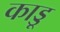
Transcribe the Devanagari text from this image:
काड्डू